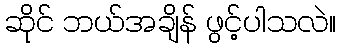
ဆိုင် ဘယ်အချိန် ဖွင့်ပါသလဲ။